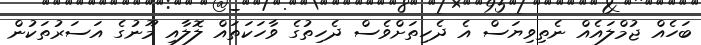
ބަހެއް ޖުމްލައެއް ނެތިވިޔަސް އެ ދެހިތަށްވެސް ދެހިތުގެ ވާހަކަތައް ލޮލާއި މޫނުގެ އަސަރުތަކުން